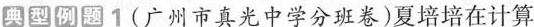
典型例题1 (广州市真光中学分班卷)夏培培在计算